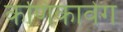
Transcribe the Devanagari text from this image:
कणिकावेग